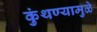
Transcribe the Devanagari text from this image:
कुंथण्यामुळे